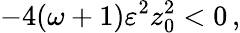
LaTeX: -4(\omega+1)\varepsilon^{2}z_{0}^{2}<0\, ,